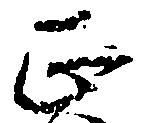
正